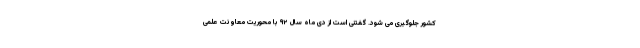
کشور جلوگیری می شود. گفتنی است از دی ماه سال ۹۲ با محوریت معاونت علمی